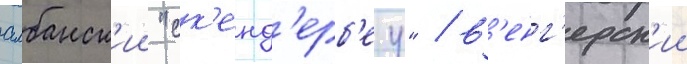
албанск'ии "ск'енд'ерб'еу" / в'енг'ерск'ии